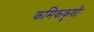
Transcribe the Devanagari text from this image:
कमिककुशी